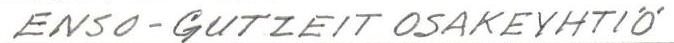
ENSO-GUTZEIT OSAKEYHTIÖ